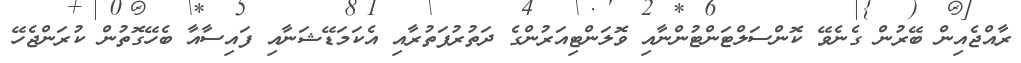
ރާއްޖެއިން ބޭރުން ގެނެވޭ ކޮންސަލްޓަންޓުންނާއި ވޮލަންޓިއަރުންގެ ދަތުރުފަތުރާއި އެކަމަޑޭޝަނާއި ފައިސާއާ ބެހޭގޮތުން ކުރަންޖެހޭ